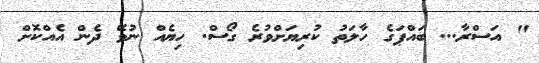
" އަސްރާ... ބައްޕަގެ ހާލަތު ކުރިޔަށްވުރެ ގޯސް. ހިޔެއް ނުވޭ ދެން އެއްކޮށް